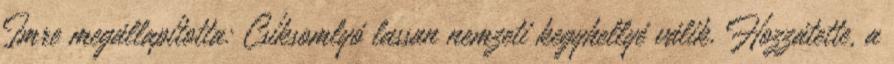
Imre megállapította: Csíksomlyó lassan nemzeti kegyhellyé válik. Hozzátette, a